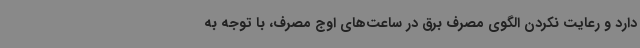
دارد و رعایت نکردن الگوی مصرف برق در ساعت‌های اوج مصرف، با توجه به